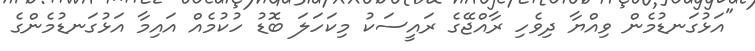
"އަޅުގަނޑުމެން ވިއްޔާ ދިވެހި ރާއްޖޭގެ ރައީސަކު މިކަހަލަ ބޮޑު ހުކުމެއް އައިމާ އަޅުގަނޑުމެންގެ